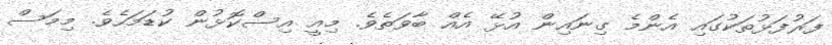
ފަރުފަޅުތަކުގައި އެންމެ ގިނައިން އުޅޭ އެއް ބާވަތެވެ. މިއީ އިސްކޮޅުން ކުޑަމަހެވެ. މިމަސް